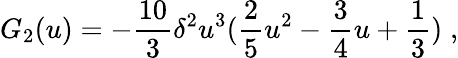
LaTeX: G_{2}(u)=-{\frac{10}{3}}\delta^{2}u^{3}({\frac{2}{5}}u^{2}-{\frac{3}{4}}u+{\frac{1}{3}})\; ,